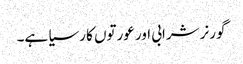
گورنر شرابی اور عورتوں کا رسیا ہے۔